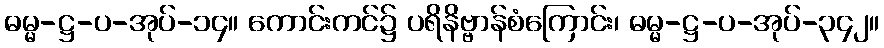
ဓမ္မ-ဋ္ဌ-ပ-အုပ်-၁၄။ ကောင်းကင်၌ ပရိနိဗ္ဗာန်စံကြောင်း၊ ဓမ္မ-ဋ္ဌ-ပ-အုပ်-၃၄၂။